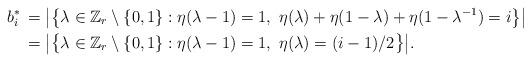
LaTeX: \begin{align*}b_i^*\,&=\bigl|\bigl\{\lambda\in\Bbb Z_r\setminus\{0,1\}:\eta(\lambda-1)=1,\ \eta(\lambda)+\eta(1-\lambda)+\eta(1-\lambda^{-1})=i\bigr\}\bigr|\cr&=\bigl|\bigl\{\lambda\in\Bbb Z_r\setminus\{0,1\}:\eta(\lambda-1)=1,\ \eta(\lambda)=(i-1)/2\bigr\}\bigr|.\end{align*}